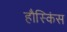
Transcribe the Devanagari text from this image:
हौस्किंस